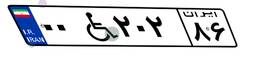
۰۰W۲۰۲۸۶